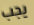
يجب